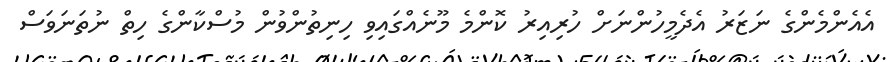
އެއެންމެންގެ ނަޒަރު އެދެމީހުންނަށް ހުރިއިރު ކޮންމެ މޫނެއްގައިވި ހިނިތުންވުން މުސްކާންގެ ހިތް ނުތަނަވަސް